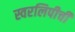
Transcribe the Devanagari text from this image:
स्वरलिपीची